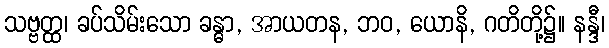
သဗ္ဗတ္ထ၊ ခပ်သိမ်းသော ခန္ဓာ, အာယတန, ဘဝ, ယောနိ, ဂတိတို့၌။ နန္ဒီ၊